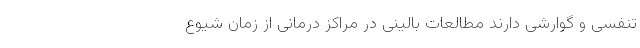
تنفسی و گوارشی دارند مطالعات بالینی در مراکز درمانی از زمان شیوع